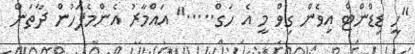
"ހީ ޑިޑްންޓް އިވެން ގިވް މީ އެ ހަގް....." އައްމާރު އެންމެފަހުން ދާތަން